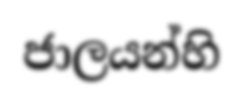
ජාලයන්හි